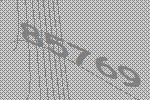
85769